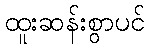
ထူးဆန်းစွာပင်